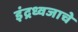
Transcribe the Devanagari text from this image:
इंद्रध्वजाचे